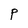
Character: P